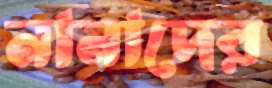
নানাদের